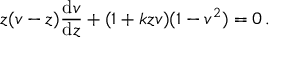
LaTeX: z ( v - z ) { \frac { \mathrm { d } v } { \mathrm { d } z } } + ( 1 + k z v ) ( 1 - v ^ { 2 } ) = 0 \, .